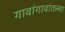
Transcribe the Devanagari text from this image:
गावांगावांतल्या